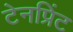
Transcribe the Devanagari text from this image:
टेनप्रिंट